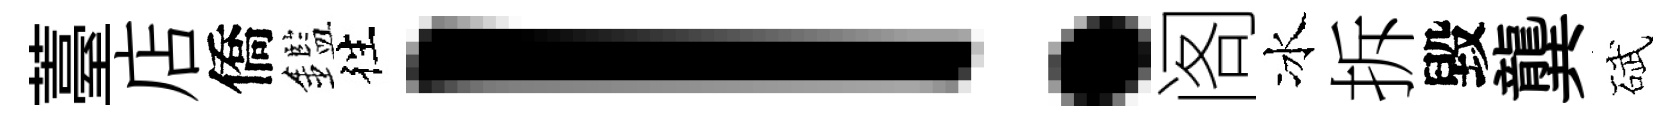
薹店僑鑑徃！阁冰拆毀龔碔